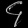
Digit: ၄